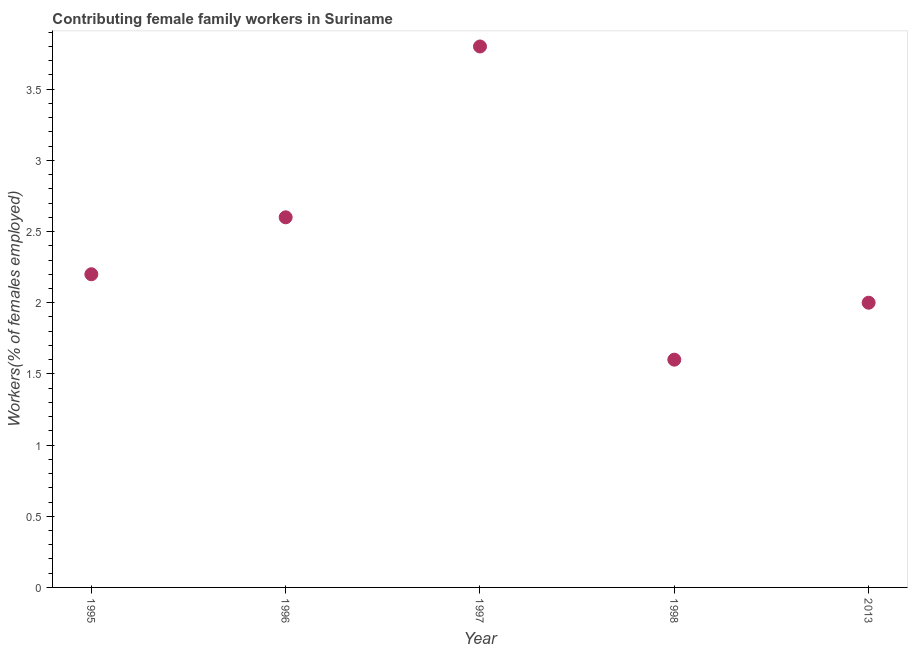
| Year | Contributing family workers |
 | --- | --- |
 | 1995 | 2.2 |
 | 1996 | 2.6 |
 | 1997 | 3.8 |
 | 1998 | 1.6 |
 | 2013 | 2 |